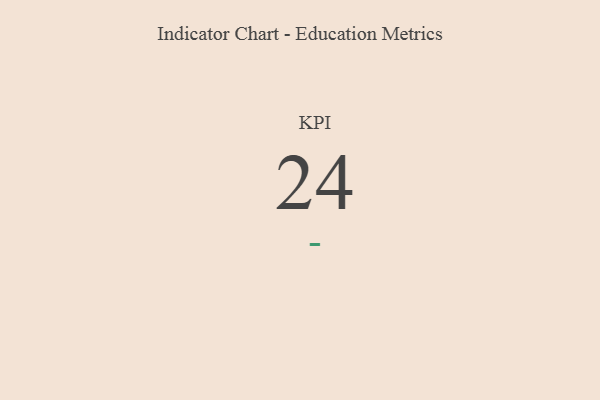
{"axis": {"x": "KPI", "y": "Value"}, "legend": [""], "data": [{"x": "KPI", "y": 24, "type": ""}]}